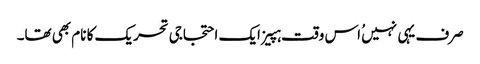
صرف یہی نہیں ُاس وقت ہپیز ایک احتجاجی تحریک کا نام بھی تھا۔